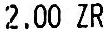
2.00 ZR